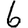
Digit: 6